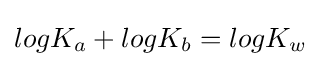
logK_{a}+logK_{b}=logK_{w}